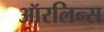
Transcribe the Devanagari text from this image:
ऑरलिन्स